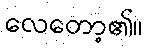
လေတော့၏။